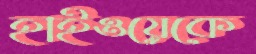
হাইওয়েকে